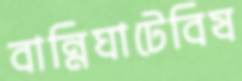
বান্নিঘাটেবিষ